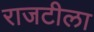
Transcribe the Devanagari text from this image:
राजटीला